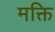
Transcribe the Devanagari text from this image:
मक्ति